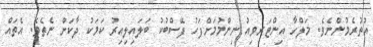
އުތުރެމުންނެވެ. މަލްހާ އިންޓަރވިއު ނިންމުމަށްފަހު ފޭސްބުކު ބަލައިލިއިރު ކަމަކު ދާކަށް ނެތެވެ. އެތައް